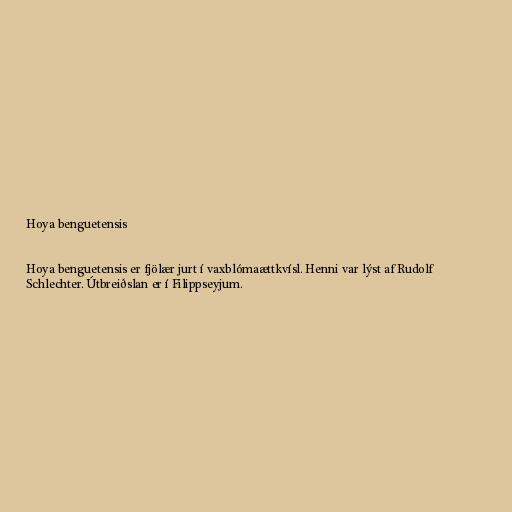
Hoya benguetensis

Hoya benguetensis er fjölær jurt í vaxblómaættkvísl. Henni var lýst af Rudolf
Schlechter. Útbreiðslan er í Filippseyjum.